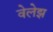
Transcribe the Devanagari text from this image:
वेलेझ